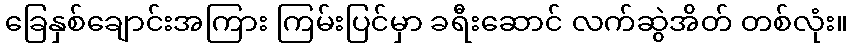
ခြေနှစ်ချောင်းအကြား ကြမ်းပြင်မှာ ခရီးဆောင် လက်ဆွဲအိတ် တစ်လုံး။